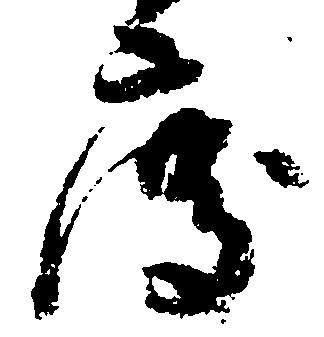
度